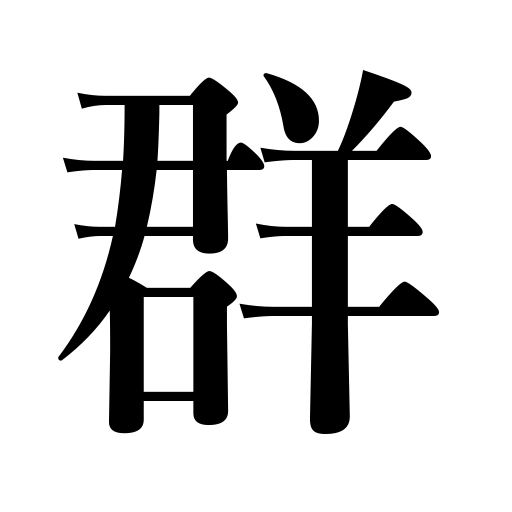
Meanings: swarm,common run,clump,bevy,school,flock,cluster of stars,swarming,gang,group,crowd,herd